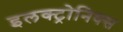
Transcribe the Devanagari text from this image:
इलक्ट्रोनिक्स